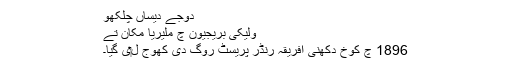
دوجے دیساں چلکھو
ولیکی بریجیون چ ملیریا مکان تے
1896 چ کوخ دکھنی افریقہ رنڈر پریسٹ روگ دی کھوج ل‏ی گیا۔